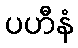
ပဟီနံ